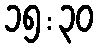
၁၅:၃၀